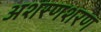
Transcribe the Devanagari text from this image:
अशरणशरण